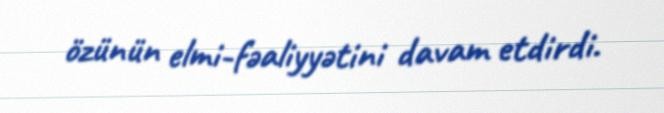
özünün elmi-fəaliyyətini davam etdirdi.